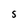
Character: S